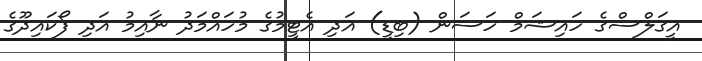
އީގަލްސްގެ ހައިޝަމް ހަސަން (ބިޑީ) އަދި އެޓީމުގެ މުހައްމަދު ނާއިމު އަދި ފޯކައިދޫގެ